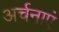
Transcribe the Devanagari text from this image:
अर्चनाएं